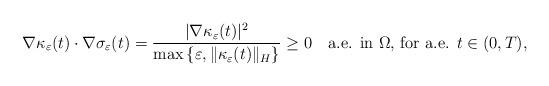
LaTeX: \begin{align*} \nabla \kappa_{\varepsilon}(t) \cdot \nabla \sigma_{\varepsilon} (t) = \frac{|\nabla \kappa_{\varepsilon}(t)|^2}{ \max{ \{ \varepsilon, \| \kappa_{\varepsilon}(t) \|_H \} }} \geq 0 \ \ \ \textrm{a.e. in $\Omega$, for a.e. $t \in (0,T)$},\end{align*}